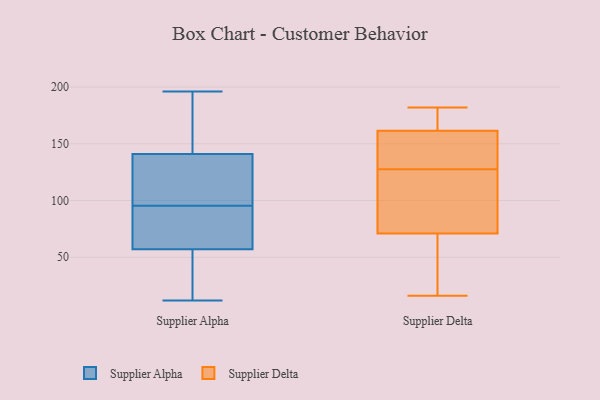
{"axis": {"x": "Satisfaction Score", "y": "Value"}, "legend": ["Supplier Alpha", "Supplier Delta"], "data": [{"x": "", "y": 141, "type": "Supplier Alpha"}, {"x": "", "y": 62, "type": "Supplier Alpha"}, {"x": "", "y": 26, "type": "Supplier Alpha"}, {"x": "", "y": 32, "type": "Supplier Alpha"}, {"x": "", "y": 13, "type": "Supplier Alpha"}, {"x": "", "y": 158, "type": "Supplier Alpha"}, {"x": "", "y": 60, "type": "Supplier Alpha"}, {"x": "", "y": 101, "type": "Supplier Alpha"}, {"x": "", "y": 164, "type": "Supplier Alpha"}, {"x": "", "y": 79, "type": "Supplier Alpha"}, {"x": "", "y": 160, "type": "Supplier Alpha"}, {"x": "", "y": 132, "type": "Supplier Alpha"}, {"x": "", "y": 90, "type": "Supplier Alpha"}, {"x": "", "y": 196, "type": "Supplier Alpha"}, {"x": "", "y": 12, "type": "Supplier Alpha"}, {"x": "", "y": 57, "type": "Supplier Alpha"}, {"x": "", "y": 104, "type": "Supplier Alpha"}, {"x": "", "y": 119, "type": "Supplier Alpha"}, {"x": "", "y": 91, "type": "Supplier Delta"}, {"x": "", "y": 141, "type": "Supplier Delta"}, {"x": "", "y": 160, "type": "Supplier Delta"}, {"x": "", "y": 53, "type": "Supplier Delta"}, {"x": "", "y": 141, "type": "Supplier Delta"}, {"x": "", "y": 76, "type": "Supplier Delta"}, {"x": "", "y": 172, "type": "Supplier Delta"}, {"x": "", "y": 163, "type": "Supplier Delta"}, {"x": "", "y": 16, "type": "Supplier Delta"}, {"x": "", "y": 114, "type": "Supplier Delta"}, {"x": "", "y": 182, "type": "Supplier Delta"}, {"x": "", "y": 66, "type": "Supplier Delta"}]}